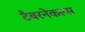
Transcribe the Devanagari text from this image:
टैबरनेकल्स